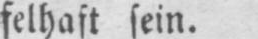
felhaft sein.